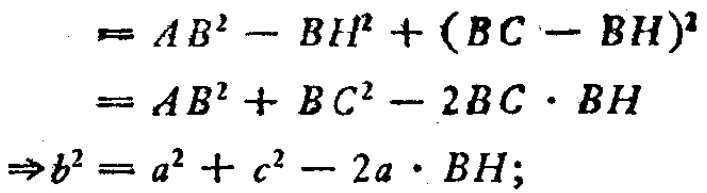
\[

\begin{align*}

&=AB^{2}-BH^{2}+(BC - BH)^{2}\\

&=AB^{2}+BC^{2}-2BC\cdot BH\\

\Rightarrow b^{2}&=a^{2}+c^{2}-2a\cdot BH;

\end{align*}

\]